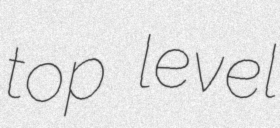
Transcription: top level